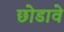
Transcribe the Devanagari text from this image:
छोडावे